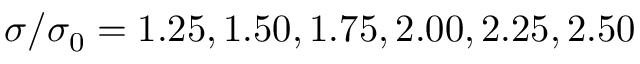
\sigma / \sigma _ { 0 } = 1 . 2 5 , 1 . 5 0 , 1 . 7 5 , 2 . 0 0 , 2 . 2 5 , 2 . 5 0